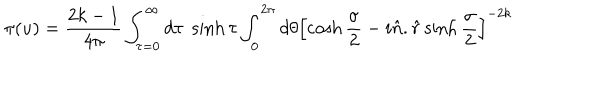
\pi ( u ) = \frac { 2 k - 1 } { 4 \pi } \int _ { \tau = 0 } ^ { \infty } d \tau \; \sinh \tau \int _ { 0 } ^ { 2 \pi } d \theta \left[ \cosh \frac { \sigma } { 2 } - i \hat { n } . \hat { r } \sinh \frac { \sigma } { 2 } \right] ^ { - 2 k }